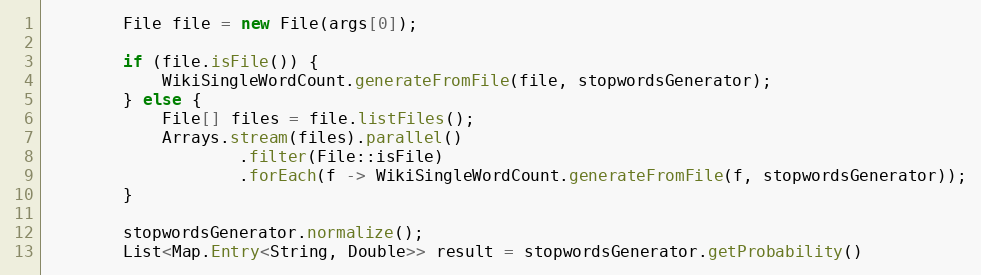
Language: Java
        File file = new File(args[0]);

        if (file.isFile()) {
            WikiSingleWordCount.generateFromFile(file, stopwordsGenerator);
        } else {
            File[] files = file.listFiles();
            Arrays.stream(files).parallel()
                    .filter(File::isFile)
                    .forEach(f -> WikiSingleWordCount.generateFromFile(f, stopwordsGenerator));
        }

        stopwordsGenerator.normalize();
        List<Map.Entry<String, Double>> result = stopwordsGenerator.getProbability()